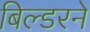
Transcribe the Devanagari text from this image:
बिल्डरने